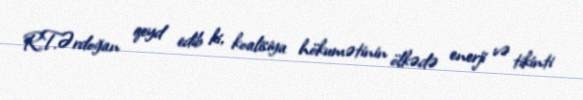
R.T.Ərdoğan qeyd edib ki, koalisiya hökumətinin ölkədə enerji və tikinti